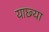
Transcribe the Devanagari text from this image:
याछ्या